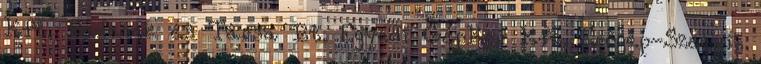
Kft. Bedenek és Társa Bt. Egyedi GépKer Kft. Erőgép-Szervíz